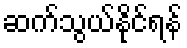
ဆက်သွယ်နိုင်ရန်